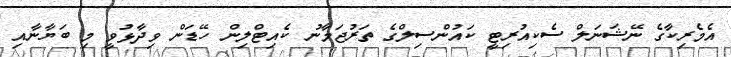
އެމެރިކާގެ ނޭޝަނަލް ސެކިއުރިޓީ ކައުންސިލްގެ ތަރުޖަމާނު ކެއިޓްލިން ހޭޑަން ވިދާޅުވީ މި ބަޔާނާއި